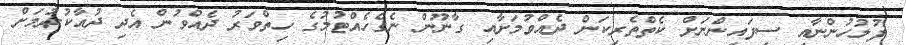
ފުލުހުންނާއި ސިފައިންނަށް ކެތްތެރިކަން ދެއްވުމަށާއި ގާނޫން ނެގެހެއްޓުމުގެ ހިތްވަރު ދެއްވުން އެދި ދުއާކުރުމަށް